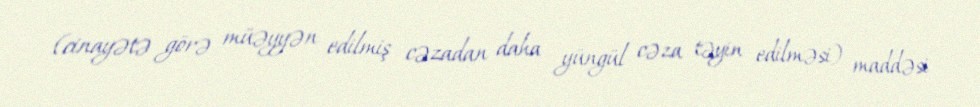
(cinayətə görə müəyyən edilmiş cəzadan daha yüngül cəza təyin edilməsi) maddəsi